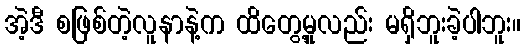
အဲ့ဒီ စဖြစ်တဲ့လူနာနဲ့က ထိတွေ့မှုလည်း မရှိဘူးခဲ့ပါဘူး။